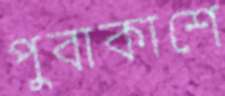
পুবাকাশে